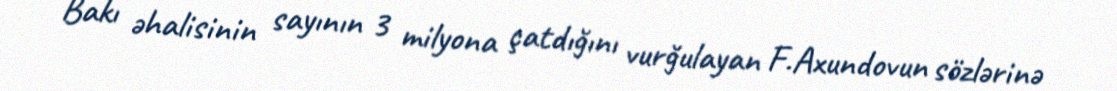
Bakı əhalisinin sayının 3 milyona çatdığını vurğulayan F.Axundovun sözlərinə